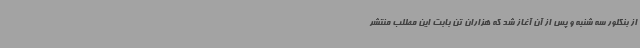
از بنگلور سه شنبه و پس از آن آغاز شد که هزاران تن بابت این مطلب منتشر